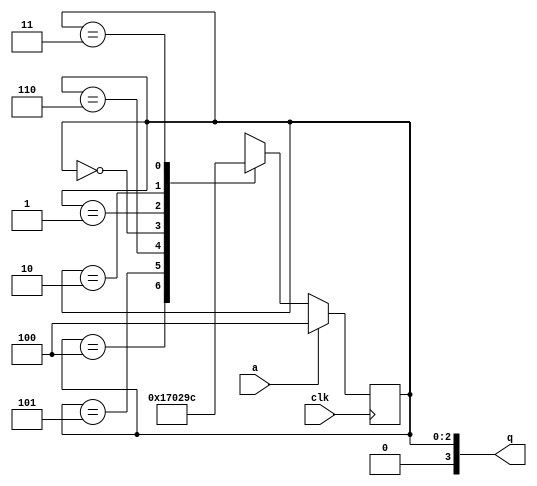
module top_module (
    input clk,
    input a,
    output [3:0] q );

parameter A = 3'b100;
parameter B = 3'b101;
parameter C = 3'b110;
parameter D = 3'b000;
parameter E = 3'b001;
parameter F = 3'b010;
parameter G = 3'b011;

reg [2:0] state;
reg [2:0] next_state;

// sequential logic
always @(posedge clk)
begin
    if(a)
        state <= A;
    else
        state <= next_state;
end

// combinational logic state transition
always @(*)
begin
    case(state)
        A:  next_state = B;
        B:  next_state = C;
        C:  next_state = D;
        D:  next_state = E;
        E:  next_state = F;
        F:  next_state = G;
        G:  next_state = A;
        default: next_state = 3'bx;
    endcase
end

// combinational logic output
assign q = state;

endmodule